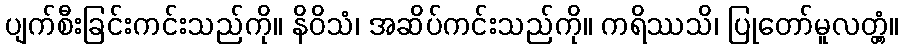
ပျက်စီးခြင်းကင်းသည်ကို။ နိဝိသံ၊ အဆိပ်ကင်းသည်ကို။ ကရိဿသိ၊ ပြုတော်မူလတ္တံ့။